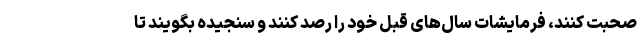
صحبت کنند، فرمایشات سال‌های قبل خود را رصد کنند و سنجیده بگویند تا